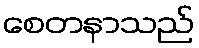
စေတနာသည်